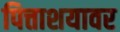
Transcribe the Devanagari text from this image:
पित्ताशयावर